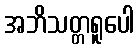
အဘိသတ္တရူပေါ